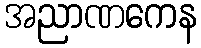
အညာဏကေန